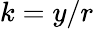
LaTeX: k=y/r